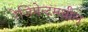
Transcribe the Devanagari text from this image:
रेजिमेन्टमधील